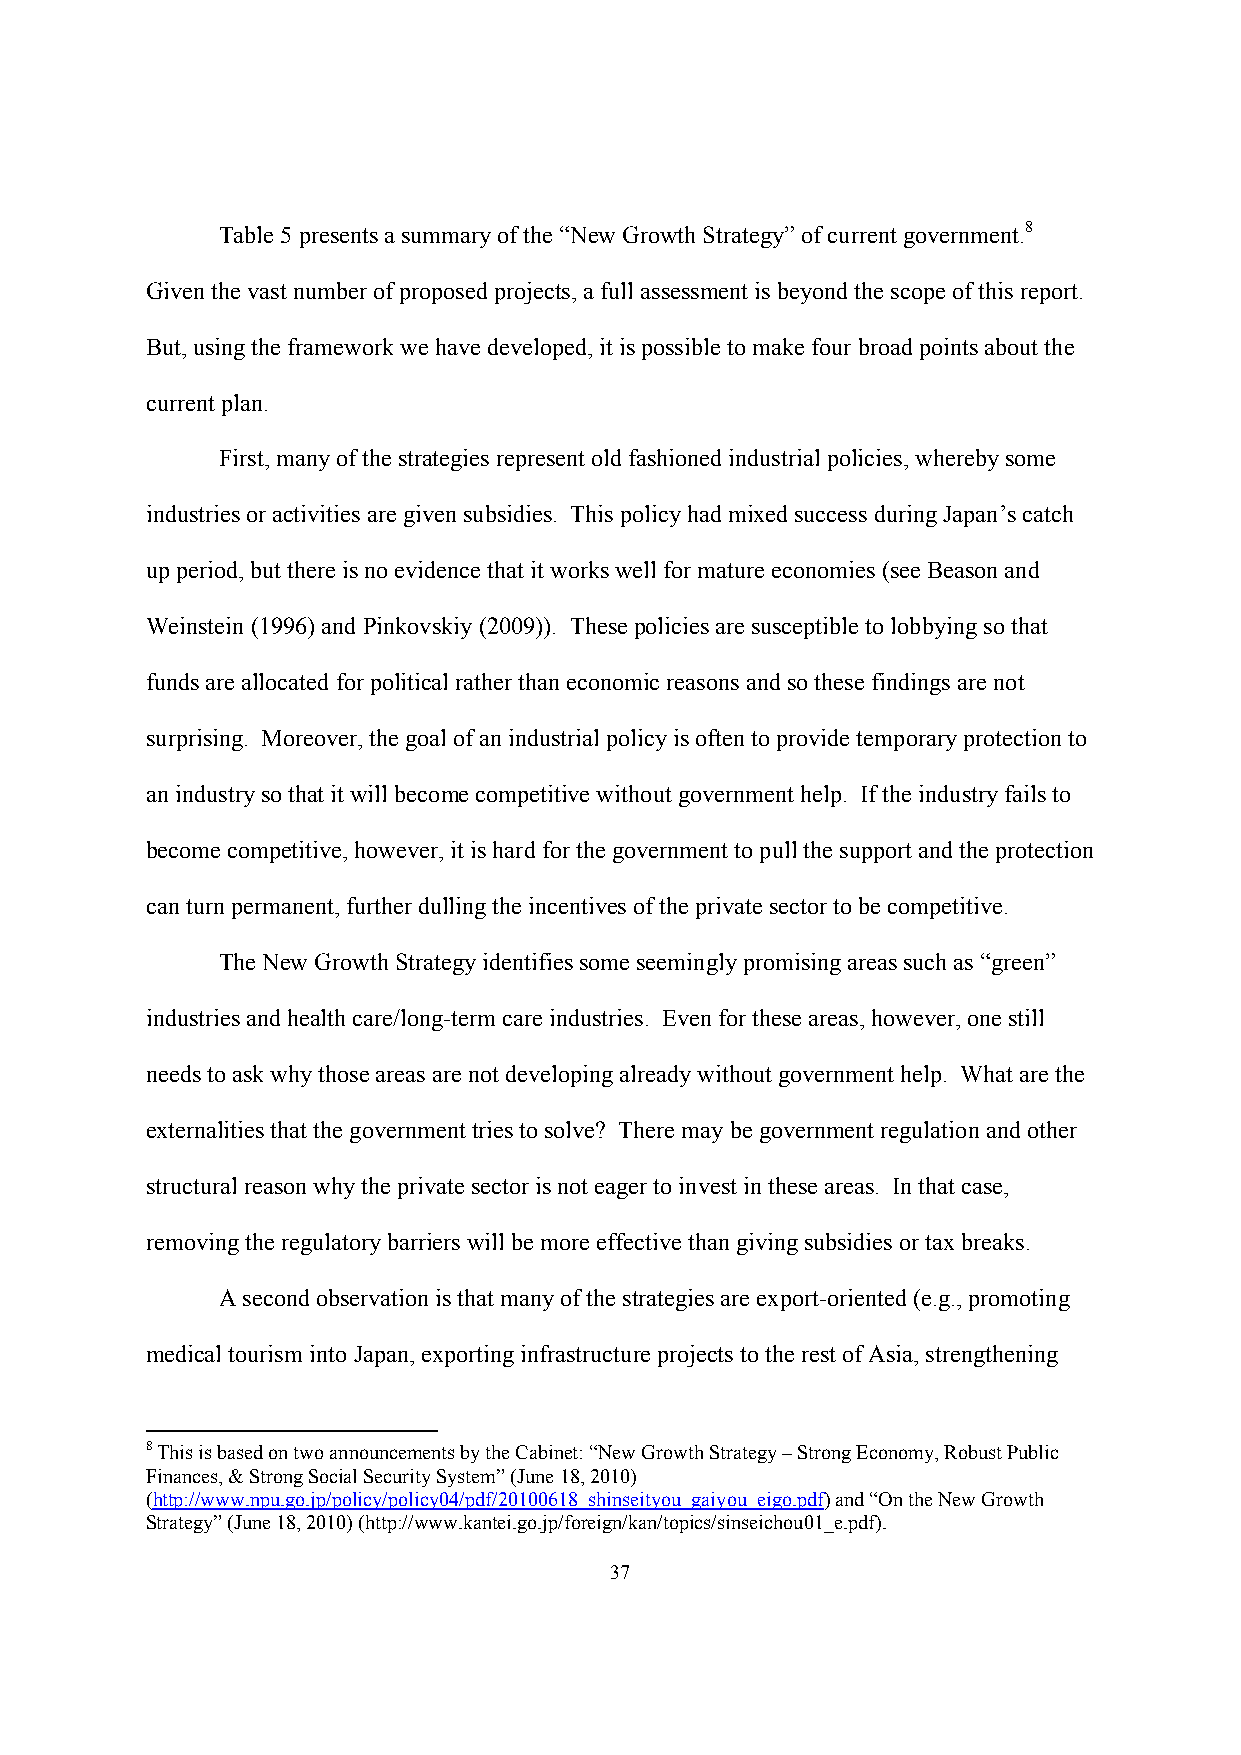
Table 5 presents a summary of the “New Growth Strategy” of current government.8
 Given the vast number of proposed projects, a full assessment is beyond the scope of this report.
 But, using the framework we have developed, it is possible to make four broad points about the
 current plan.
 First, many of the strategies represent old fashioned industrial policies, whereby some
 industries or activities are given subsidies. This policy had mixed success during Japan’s catch
 up period, but there is no evidence that it works well for mature economies (see Beason and
 Weinstein (1996) and Pinkovskiy (2009)). These policies are susceptible to lobbying so that
 funds are allocated for political rather than economic reasons and so these findings are not
 surprising. Moreover, the goal of an industrial policy is often to provide temporary protection to
 an industry so that it will become competitive without government help. If the industry fails to
 become competitive, however, it is hard for the government to pull the support and the protection
 can turn permanent, further dulling the incentives of the private sector to be competitive.
 The New Growth Strategy identifies some seemingly promising areas such as “green”
 industries and health care/long-term care industries. Even for these areas, however, one still
 needs to ask why those areas are not developing already without government help. What are the
 externalities that the government tries to solve? There may be government regulation and other
 structural reason why the private sector is not eager to invest in these areas. In that case,
 removing the regulatory barriers will be more effective than giving subsidies or tax breaks.
 A second observation is that many of the strategies are export-oriented (e.g., promoting
 medical tourism into Japan, exporting infrastructure projects to the rest of Asia, strengthening
 8 This is based on two announcements by the Cabinet: “New Growth Strategy – Strong Economy, Robust Public
 Finances, & Strong Social Security System” (June 18, 2010)
 (http://www.npu.go.jp/policy/policy04/pdf/20100618_shinseityou_gaiyou_eigo.pdf) and “On the New Growth
 Strategy” (June 18, 2010) (http://www.kantei.go.jp/foreign/kan/topics/sinseichou01_e.pdf).
 37